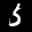
Label: 5